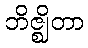
ဘိဇ္ဈိတာ